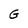
Character: G